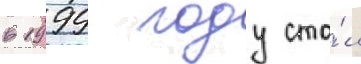
в 1999 году ста́л